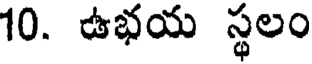
10. ఉభయ స్థలం